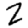
Digit: 2